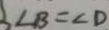
\angle B = \angle D